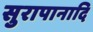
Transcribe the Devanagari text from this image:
सुरापानादि